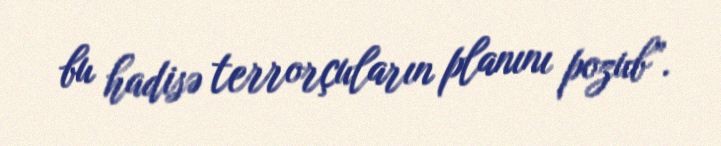
bu hadisə terrorçuların planını pozub”.